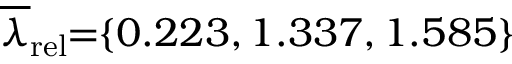
\! \! \! \overline { { \lambda } } _ { \mathrm { { r e l } } } \! \! = \! \! \{ 0 . 2 2 3 , 1 . 3 3 7 , 1 . 5 8 5 \} \! \! \!